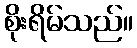
စိုးရိမ်သည်။